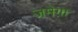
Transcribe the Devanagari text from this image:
जमेगा